Scottish Certificate of Education, 1962
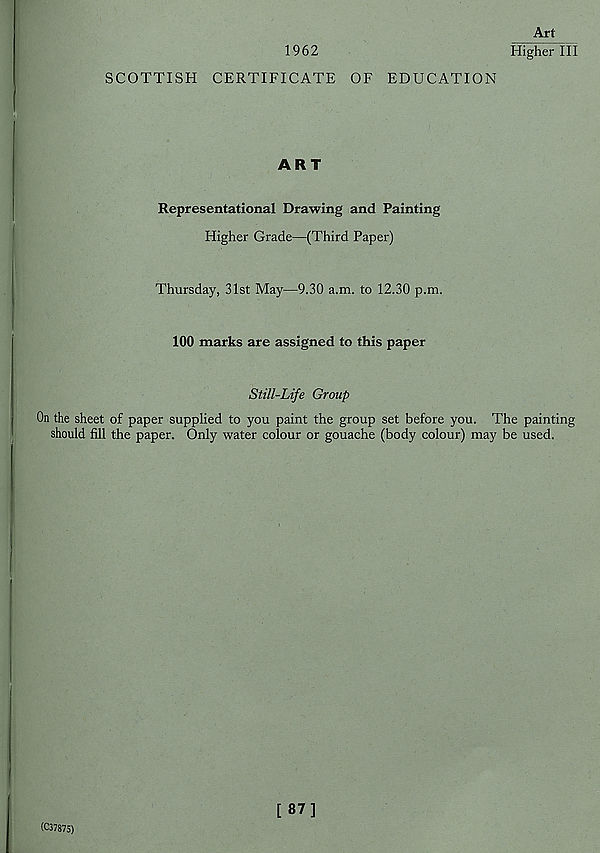
Art
1962
Higher III
SCOTTISH CERTIFICATE OF EDUCATION
ART
Representational Drawing and Painting
Higher Grade—(Third Paper)
Thursday, 31st May—9.30 a.m. to 12.30 p.m.
100 marks are assigned to this paper
Still-Life Group
On the sheet of paper supplied to you paint the group set before you. The painting
should fill the paper. Only water colour or gouache (body colour) may be used.
(037875)
[ 87]